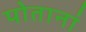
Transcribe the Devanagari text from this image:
पोतानां